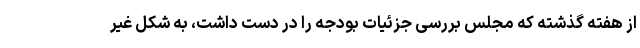
از هفته گذشته که مجلس بررسی جزئیات بودجه را در دست داشت، به شکل غیر